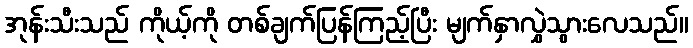
အုန်းသီးသည် ကိုယ့်ကို တစ်ချက်ပြန်ကြည့်ပြီး မျက်နှာလွှဲသွားလေသည်။